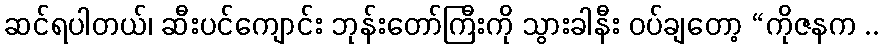
ဆင်ရပါတယ်၊ ဆီးပင်ကျောင်း ဘုန်းတော်ကြီးကို သွားခါနီး ဝပ်ချတော့ “ကိုဇနက ..